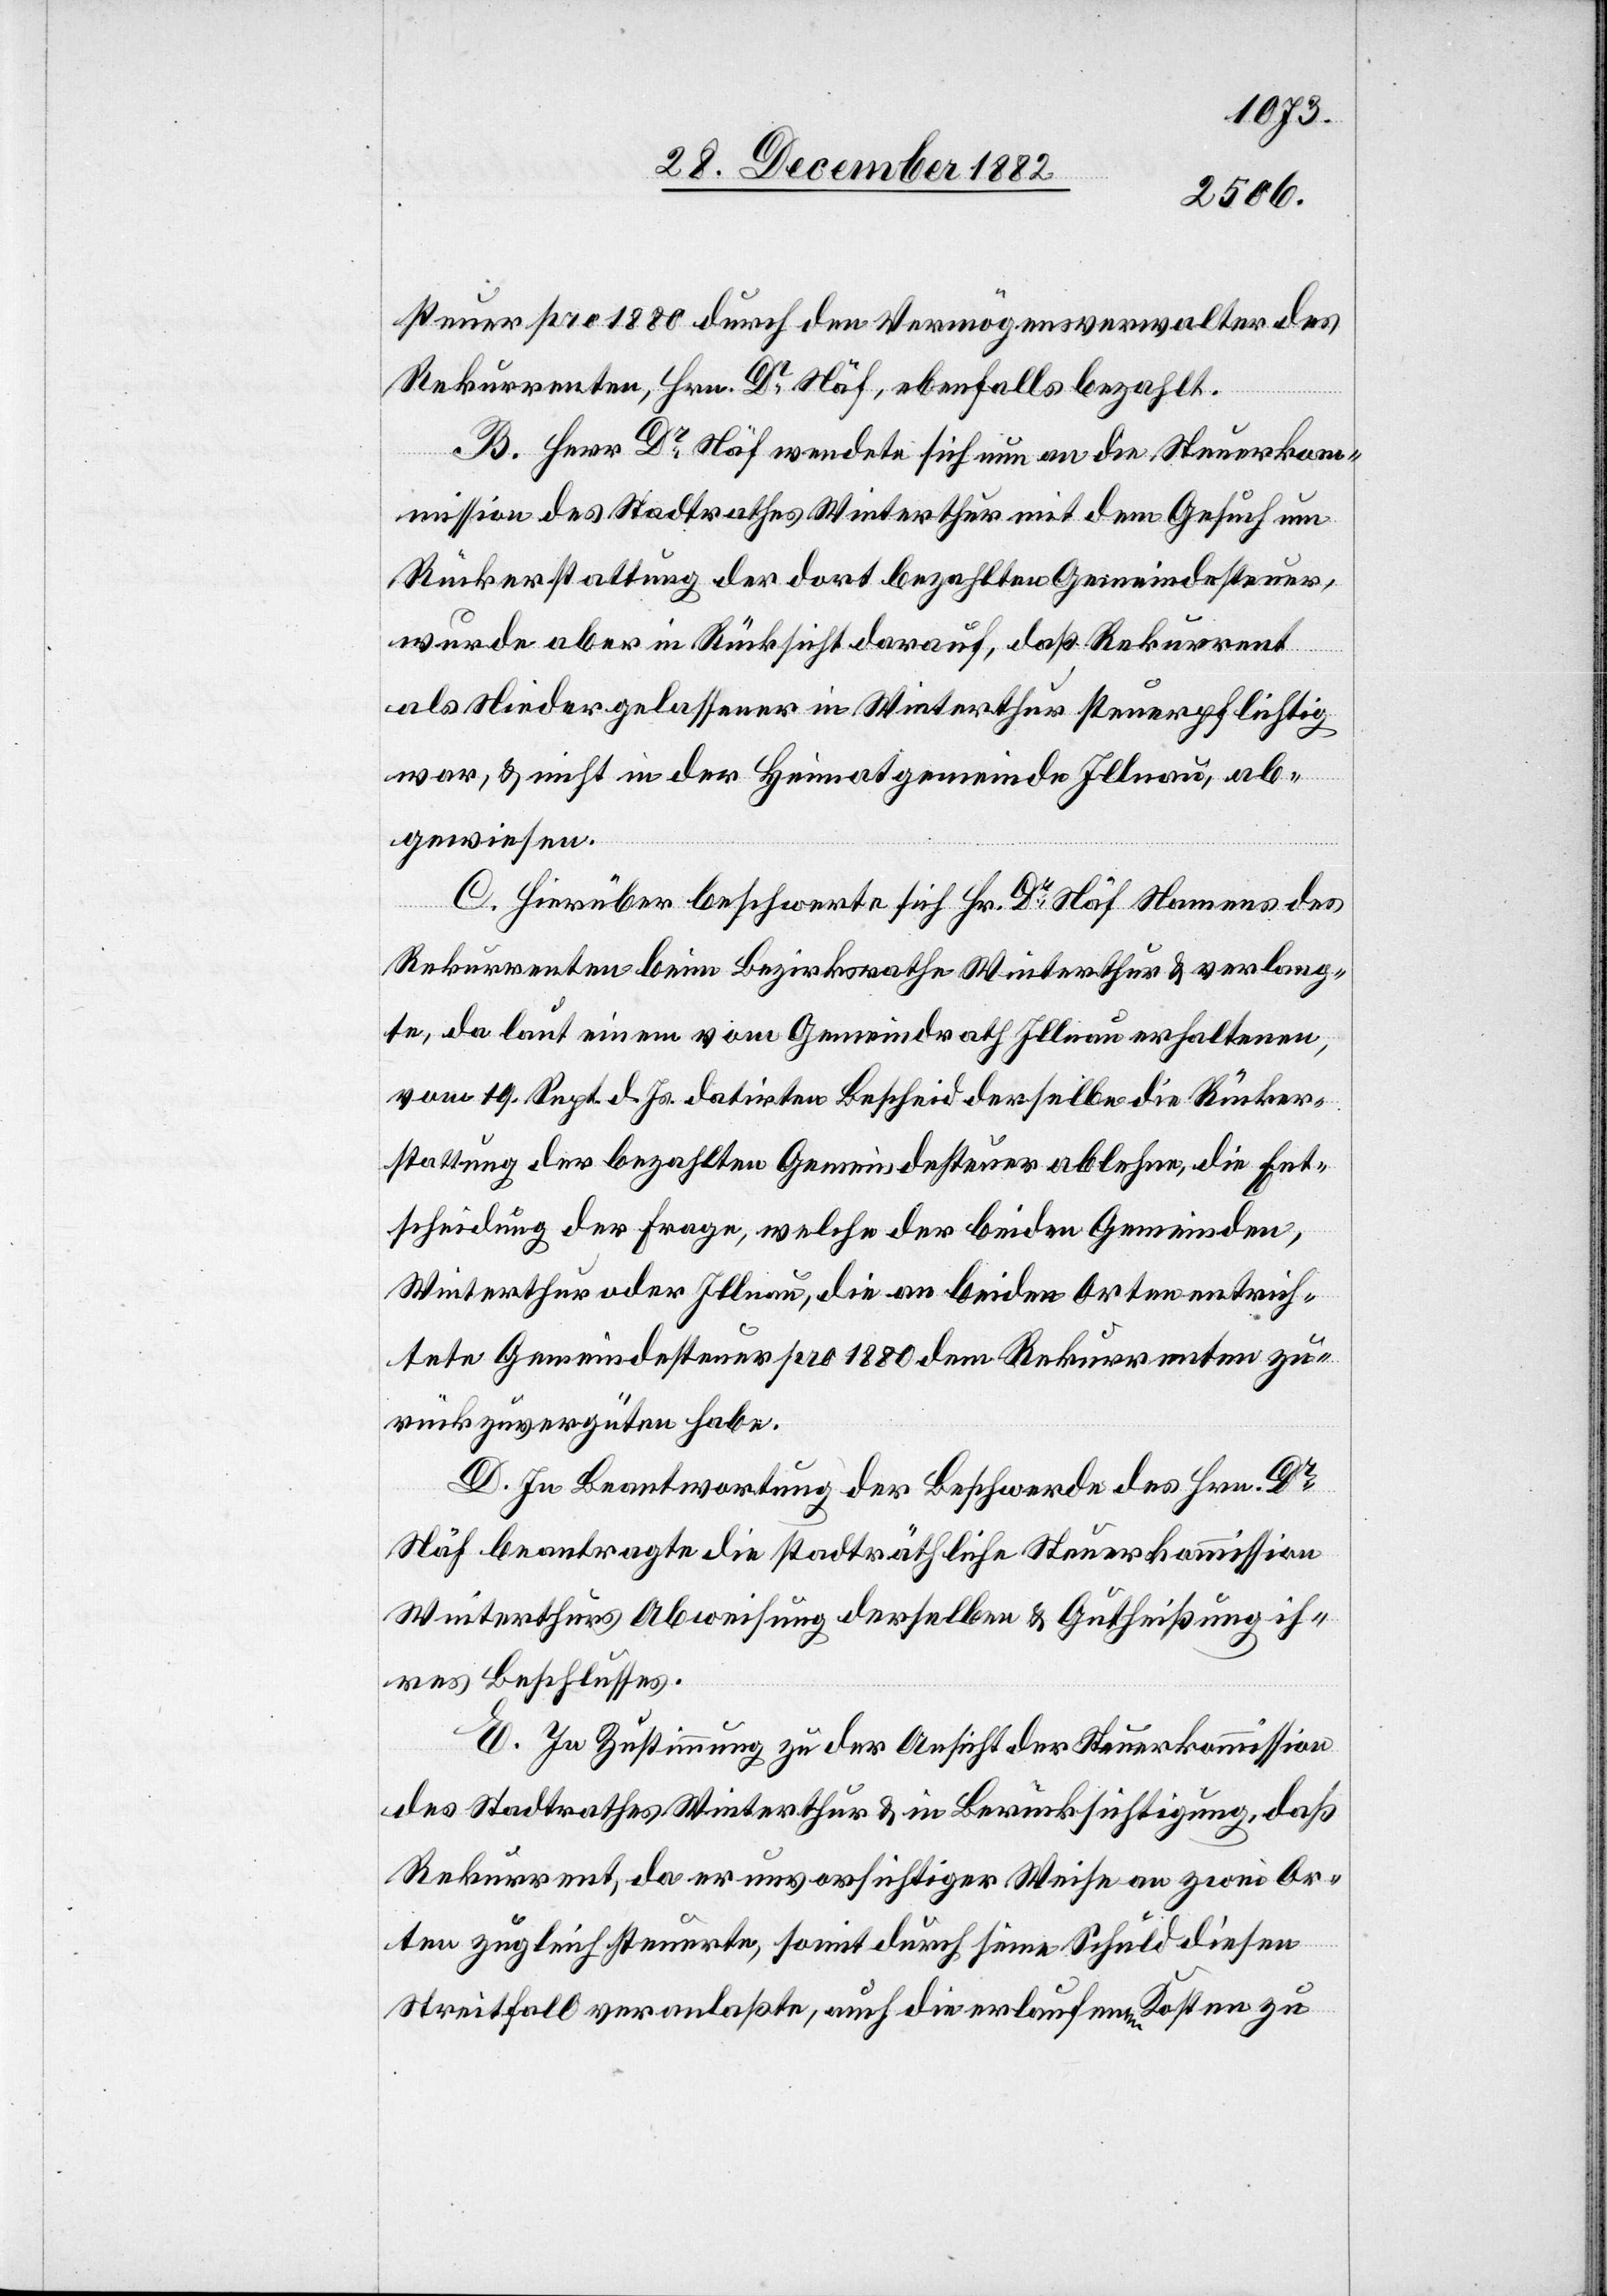
steuer pro 1880 durch den Vermögensverwalter des
Rekurrenten, Hrn. Dr Näf, ebenfalls bezahlt.
B. Herr Dr Näf wendete sich nun an die Steuerko¬
mmission des Stadtrathes Winterthur mit dem Gesuch um
Rückerstattung der dort bezahlten Gemeindesteuer,
wurde aber in Rücksicht darauf, daß Rekurrent
als Niedergelassener in Winterthur steuerpflichtig
war, & nicht in der Heimatgemeinde Illnau, ab¬
gewiesen.
C. Hierüber beschwerte sich Hr. Dr Näf Namens des
Rekurrenten beim Bezirksrathe Winterthur & verlang¬
te, da laut einem vom Gemeindrath Illnau erhaltenen,
vom 19. Sept. d. Js. datirten Bescheid derselbe die Rücker¬
stattung der bezahlten Gemeindesteuer ablehne, die Ent¬
scheidung der Frage, welche der beiden Gemeinden,
Winterthur oder Illnau, die an beiden Orten entrich¬
tete Gemeindesteuer pro 1880 dem Rekurrenten zu¬
rückzuvergüten habe.
D. In Beantwortung der Beschwerde des Hrn. Dr
Näf beantragte die stadträthliche Steuerkommission
Winterthurs Abweisung derselben & Gutheißung ih¬
res Beschlusses.
E. In Zustimmung zu der Ansicht der Steuerkommission
des Stadtrathes Winterthur & in Berücksichtigung, daß
Rekurrent, da er unvorsichtiger Weise an zwei Or¬
ten zugleich steuerte, somit durch seine Schuld diesen
Streitfall veranlaßte, auch die erlaufenden Kosten zu